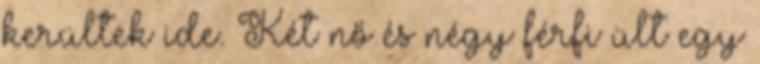
kerültek ide. Két nő és négy férfi ült egy